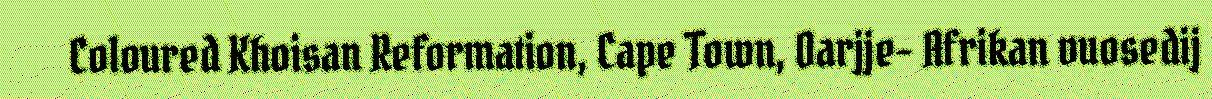
Coloured Khoisan Reformation, Cape Town, Oarjje- Afrikan vuosedij